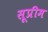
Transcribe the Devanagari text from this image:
सूप्रीम